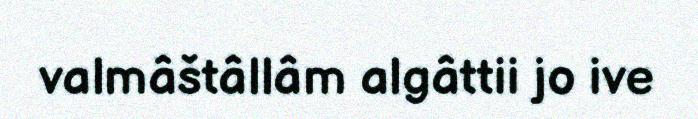
valmâštâllâm algâttii jo ive